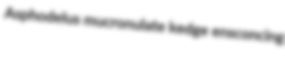
Asphodelus mucronulate kedge ensconcing